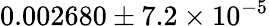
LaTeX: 0.002680\pm 7.2\times 10^{-5}